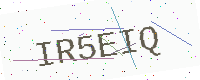
Text: IR5EIQ